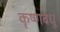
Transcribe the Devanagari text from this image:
कृष्णबंधू